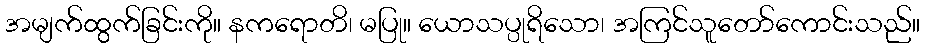
အမျက်ထွက်ခြင်းကို။ နကရောတိ၊ မပြု။ ယောသပ္ပုရိသော၊ အကြင်သူတော်ကောင်းသည်။